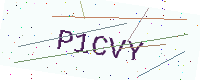
Text: P1CVY